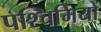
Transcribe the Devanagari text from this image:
पश्चिमियों